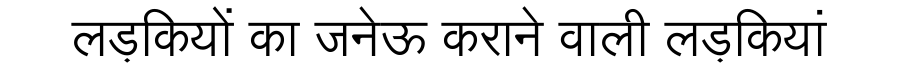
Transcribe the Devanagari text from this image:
लड़कियों का जनेऊ कराने वाली लड़कियां